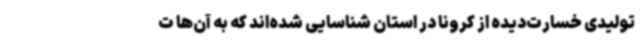
تولیدی خسارت‌دیده از کرونا در استان شناسایی شده‌اند که به آن‌ها ت